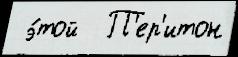
 э́той  П'ер'итон